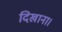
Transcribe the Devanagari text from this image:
दिखाना।